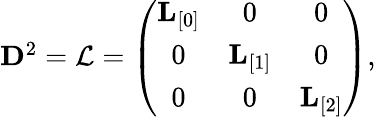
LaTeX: \begin{array}{r}{{{\mathbf D}}^{2}=\mathcal{L}=\left(\begin{array}{ccc}{{\mathbf L}_{[0]}}&{0}&{0}\\ {0}&{{\mathbf L}_{[1]}}&{0}\\ {0}&{0}&{{\mathbf L}_{[2]}}\end{array}\right),}\end{array}